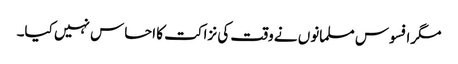
مگرافسوس مسلمانوں نے وقت کی نزاکت کا احساس نہیں کیا۔